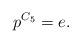
LaTeX: \begin{align*}p^{C_5}=e.\end{align*}